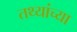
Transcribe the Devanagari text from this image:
तथ्‍यांच्‍या